system: You are a helpful assistant.
user:
Analyze the provided spectrum to determine if it is a **M-type Giant (gM)**.

A M-type Giant spectrum is defined by its **strong molecular absorption** features, particularly from **Titanium Oxide (TiO)**. You must check for one of the following mutually exclusive signatures:

- **Key Visual Indicators (Absorption-Dominated Spectrum):**

    - **(Primary):** The spectrum is dominated by strong molecular absorption from **Titanium Oxide (TiO)**. This is the **defining feature** of its M-type temperature class.
        - **(Key Bandheads):** Look for sharp, "saw-tooth" absorption valleys. The strongest are located near **~7050 Å**, **~6160 Å**, and **~5170 Å**.
        - **(Line Profile):** The "saw-tooth" morphology is critical: a **sharp, steep drop on the BLUE (short-wavelength) side** of the bandhead, followed by a gradual recovery (rising flux) towards the RED (long-wavelength) side.

    - **(Key Confirmation - Giant vs. Dwarf):** **ABSENCE** of strong **Calcium Hydride (CaH)** molecular bands. This is the primary diagnostic for *excluding* M-dwarfs.
        - **(Key Region):** The spectrum should lack the strong, broad absorption band seen in dwarfs between **~6800 Å and ~7000 Å**.

    - **(Secondary Confirmation - Giant):** A very strong and broad **Neutral Calcium (Ca I)** atomic absorption line.
        - **(Key Line):** Located at **~4226 Å**. In a giant (gM), this line is significantly deeper and broader than the same line in an M-dwarf (dM) due to low surface gravity.

    - **(Overall Spectrum):**
        - The continuum is **extremely red-sloping** (i.e., flux is very low in the blue and rises dramatically towards the red).
        - The entire spectrum appears "chopped up" by the deep TiO bands.

Think first, call **spectral_visualization_tool** if needed to examine features in detail, then provide your final answer. Your response must adhere to the following strict rules:
1.  **Overall Structure:** Your response must follow the format `<think>...</think> <tool_call>...</tool_call> (if a tool is used) <answer>...</answer>`.
2.  **Tool Usage Constraint:** You may only make **one** tool call per turn.
3.  **Final Answer Format:** In the `<answer>` tag, your conclusion must be inside a `\boxed{}` command (e.g., `\boxed{YES}` or `\boxed{NO}`), followed by your justification.

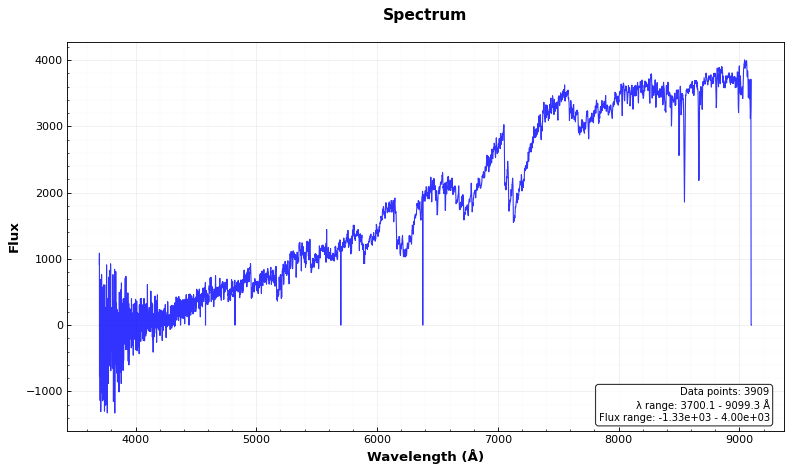
Answer: YES